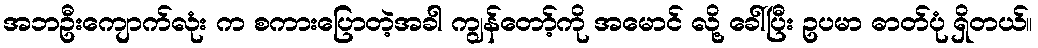
အဘဦးကျောက်လုံး က စကားပြောတဲ့အခါ ကျွန်တော့်ကို အမောင် လို့ ခေါ်ပြီး ဥပမာ ဓာတ်ပုံ ရှိတယ်။